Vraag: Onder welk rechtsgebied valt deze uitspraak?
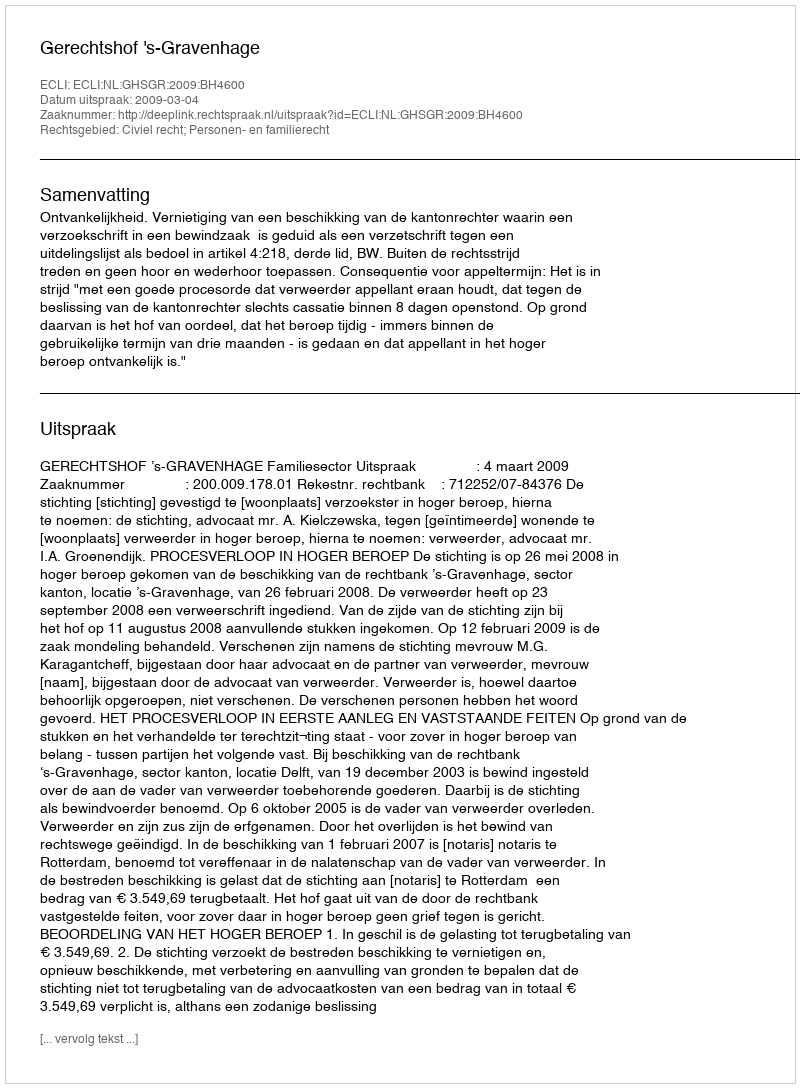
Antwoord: Civiel recht; Personen- en familierecht